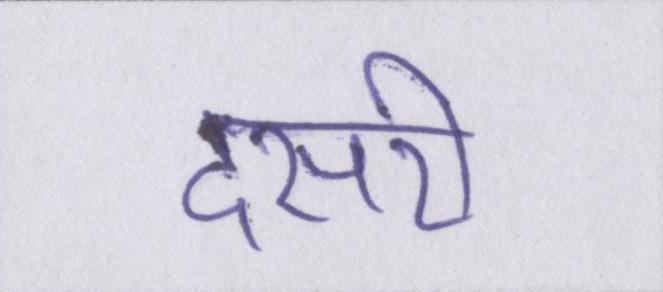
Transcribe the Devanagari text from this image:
दसरी